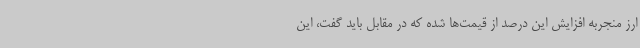
ارز منجربه افزایش این درصد از قیمت‌ها شده که در مقابل باید گفت، این